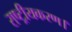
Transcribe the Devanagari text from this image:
राष्ट्रीयकरण।